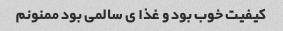
کیفیت خوب بود و غذا ی سالمی بود ممنونم